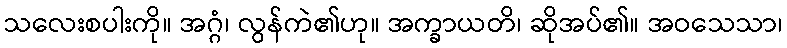
သလေးစပါးကို။ အဂ္ဂံ၊ လွန်ကဲ၏ဟု။ အက္ခာယတိ၊ ဆိုအပ်၏။ အဝသေသာ၊